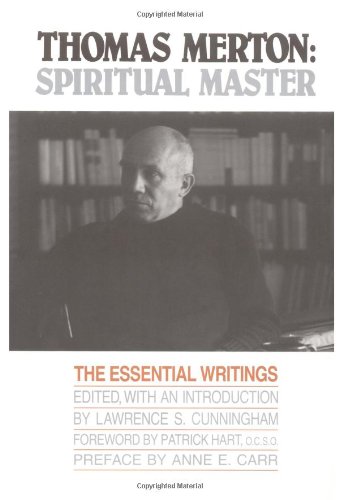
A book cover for Thomas Merton: Spiritual Master, The Essential Writings; Thomas Merton; Christian Books & Bibles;